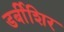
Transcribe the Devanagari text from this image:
डर्बीशिर